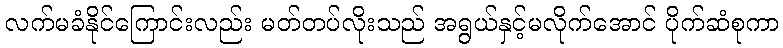
လက်မခံနိုင်ကြောင်းလည်း မတ်တပ်လိုးသည် အရွယ်နှင့်မလိုက်အောင် ပိုက်ဆံစုကာ